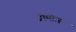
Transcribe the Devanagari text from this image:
प्रोमोज़